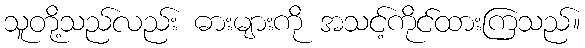
သူတို့သည်လည်း ဓားများကို အသင့်ကိုင်ထားကြသည်။